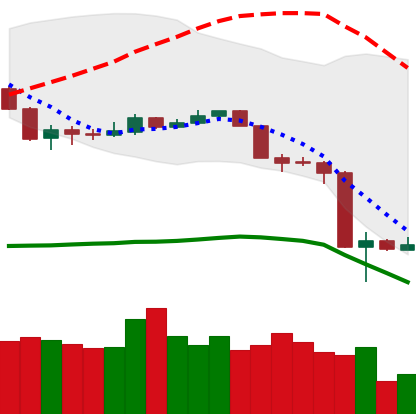
Ticker: NEO-USD
Chart end date: 2020-03-15
Forward return: 4.353%
Label: up_3_5